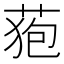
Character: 𮏜